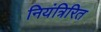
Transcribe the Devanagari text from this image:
नियंत्रिरित